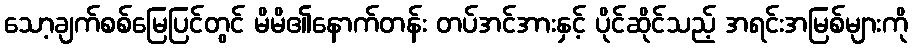
သော့ချက်စစ်မြေပြင်တွင် မိမိ၏နောက်တန်း တပ်အင်အားနှင့် ပိုင်ဆိုင်သည့် အရင်းအမြစ်များကို